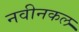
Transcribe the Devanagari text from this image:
नवीनकल